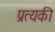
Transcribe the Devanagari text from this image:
प्रत्यकी